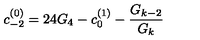
c _ { - 2 } ^ { ( 0 ) } = 2 4 G _ { 4 } - c _ { 0 } ^ { ( 1 ) } - \frac { G _ { k - 2 } } { G _ { k } }